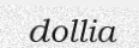
dollia